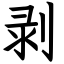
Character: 剥